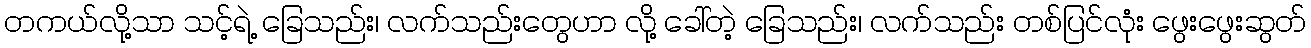
တကယ်လို့သာ သင့်ရဲ့ ခြေသည်း၊ လက်သည်းတွေဟာ လို့ ခေါ်တဲ့ ခြေသည်း၊ လက်သည်း တစ်ပြင်လုံး ဖွေးဖွေးဆွတ်